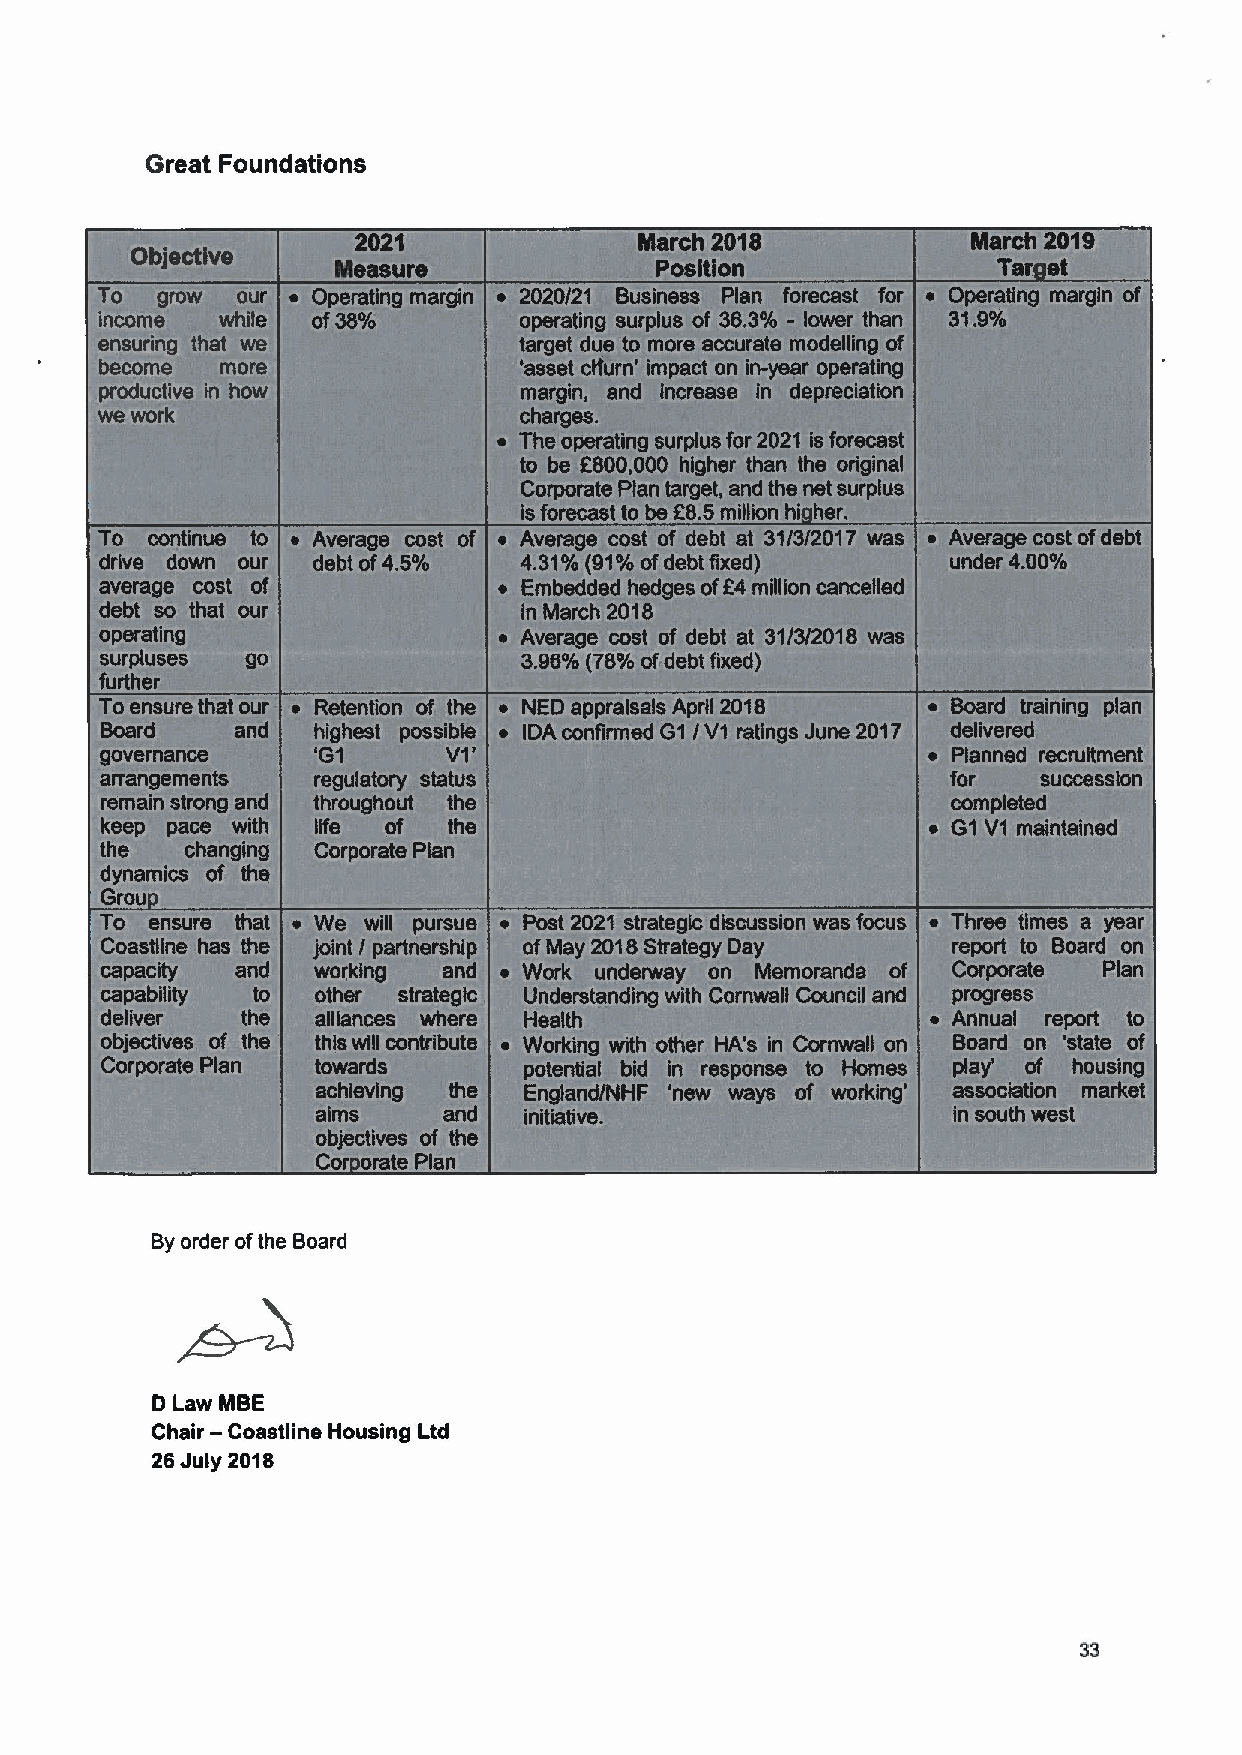
Great Foundations
 Byorder ofthe Board
 D Law MBE
 Chair —Coastline Housing Ltd
 26July 2018
 33